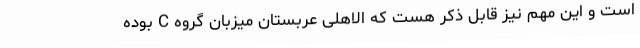
است و این مهم نیز قابل ذکر هست که الاهلی عربستان میزبان گروه C بوده